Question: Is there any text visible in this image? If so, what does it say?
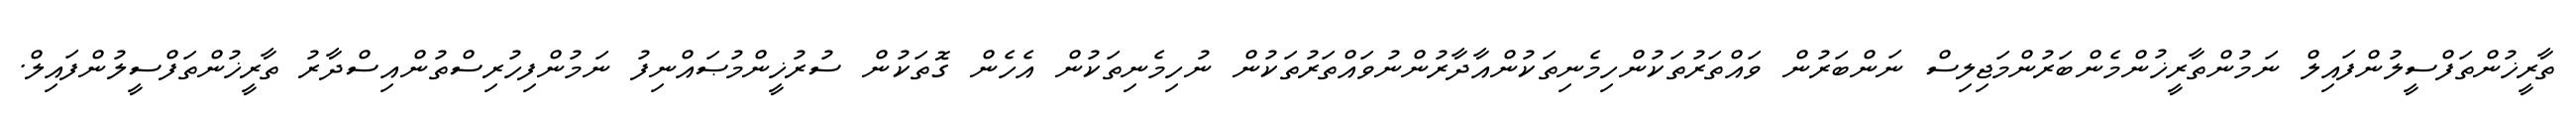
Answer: ތާރީޚުންތަފްސީލުންފައިލް ނަމުންތާރީޚުންމެންބަރުންމަޖިލިސް ނަންބަރުން ވައްތަރުތަކުންހިމެނިތަކުންއާދާރުންނުވައްތަރުތަކުން ނުހިމެނިތަކުން އެހެން ގޮތަކުން ސުރުޚީންމުޞައްނިފު ނަމުންފިހުރިސްތުންއިސްދާރު ތާރީޚުންތަފްސީލުންފައިލް.